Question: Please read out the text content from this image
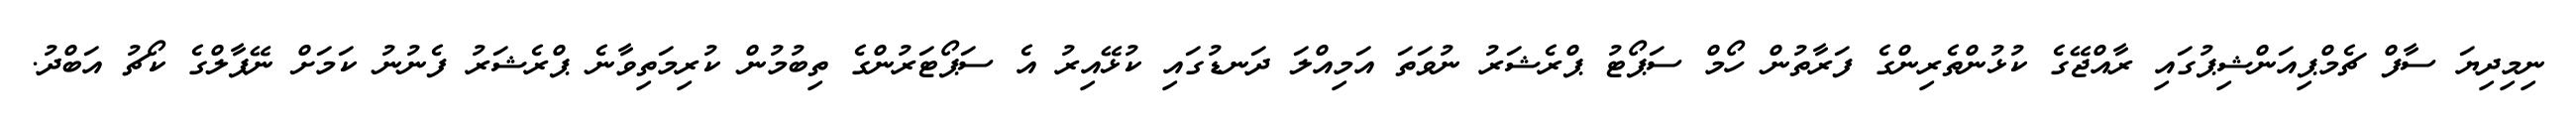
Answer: ނިމިދިޔަ ސާފް ޗެމްޕިއަންޝިޕުގައި ރާއްޖޭގެ ކުޅުންތެރިންގެ ފަރާތުން ހޯމް ސަޕޯޓު ޕްރެޝަރު ނުވަތަ އަމިއްލަ ދަނޑުގައި ކުޅޭއިރު އެ ސަޕޯޓަރުންގެ ތިބުމުން ކުރިމަތިވާނެ ޕްރެޝަރު ފެނުނު ކަމަށް ނޭޕާލްގެ ކޯޗު އަބްދު.